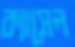
ক্যাসেল